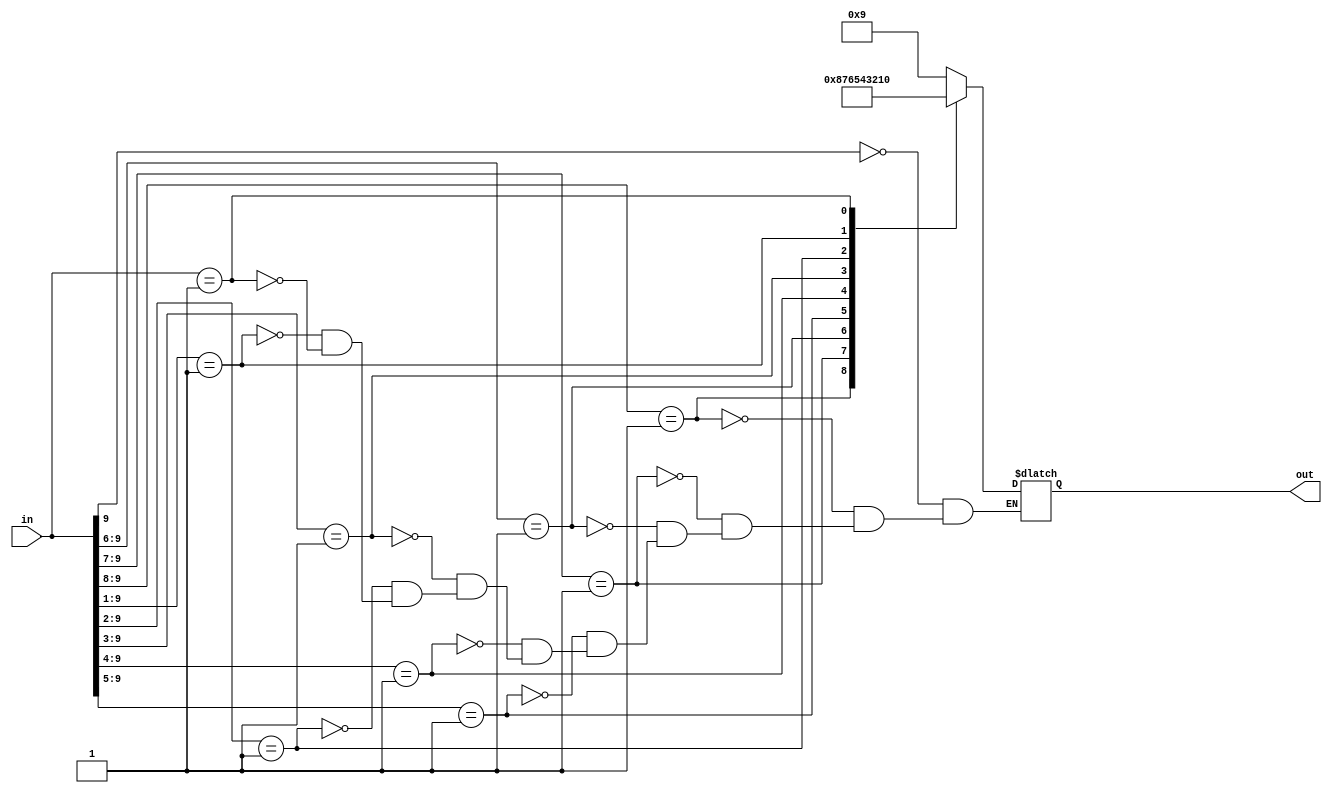
`timescale 1ns / 1ps
//////////////////////////////////////////////////////////////////////////////////
// Company: 
// Engineer: 
// 
// Design Name: 
// Module Name: Decimal_to_Binary_Priority_encoder
// Project Name: 
// Target Devices: 
// Tool Versions: 
// Description: 
// 
// Dependencies: 
// 
// Revision:
// Revision 0.01 - File Created
// Additional Comments:
// 
//////////////////////////////////////////////////////////////////////////////////


module Decimal_to_Binary_Priority_encoder(
         in,out
    );
    
        
input wire [9:0] in;
output reg [3:0] out;
        
always@(*)
begin
            
    casex(in)
            
            10'b1xxxxxxxxx : out = 4'b1001;
            10'b01xxxxxxxx : out = 4'b1000;
            10'b001xxxxxxx : out = 4'b0111;
            10'b0001xxxxxx : out = 4'b0110;
            10'b00001xxxxx : out = 4'b0101;
            10'b000001xxxx : out = 4'b0100;
            10'b0000001xxx : out = 4'b0011;
            10'b00000001xx : out = 4'b0010;
            10'b000000001x : out = 4'b0001;
            10'b0000000001 : out = 4'b0000;
        
      endcase
            
end
endmodule